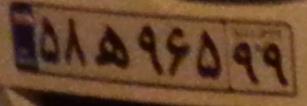
۵۸ه۹۶۵۹۹